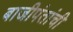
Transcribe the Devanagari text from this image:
बाजीपंतांची